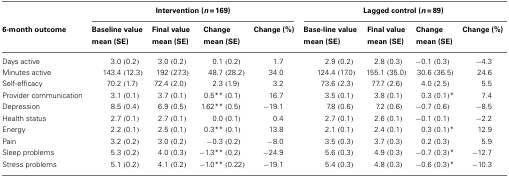
<table><thead><tr><td></td><td colspan="4"><b>Intervention (<i>n</i> = 169)</b></td><td colspan="4"><b>Lagged control (<i>n</i> = 89)</b></td></tr><tr><td><b>6-month outcome</b></td><td><b>Baseline value mean (SE)</b></td><td><b>Final value mean (SE)</b></td><td><b>Change mean (SE)</b></td><td><b>Change (%)</b></td><td><b>Base-line value mean (SE)</b></td><td><b>Final value mean (SE)</b></td><td><b>Change mean (SE)</b></td><td><b>Change (%)</b></td></tr></thead><tbody><tr><td>Days active</td><td>3.0 (0.2)</td><td>3.0 (0.2)</td><td>0.1 (0.2)</td><td>1.7</td><td>2.9 (0.2)</td><td>2.8 (0.3)</td><td>−0.1 (0.3)</td><td>−4.3</td></tr><tr><td>Minutes active</td><td>143.4 (12.3)</td><td>192 (27.3)</td><td>48.7 (28.2)</td><td>34.0</td><td>124.4 (17.0)</td><td>155.1 (35.0)</td><td>30.6 (36.5)</td><td>24.6</td></tr><tr><td>Self-efficacy</td><td>70.2 (1.7)</td><td>72.4 (2.0)</td><td>2.3 (1.9)</td><td>3.2</td><td>73.6 (2.3)</td><td>77.7 (2.6)</td><td>4.0 (2.5)</td><td>5.5</td></tr><tr><td>Provider communication</td><td>3.1 (0.1)</td><td>3.7 (0.1)</td><td>0.5** (0.1)</td><td>16.7</td><td>3.5 (0.1)</td><td>3.8 (0.1)</td><td>0.3 (0.1)*</td><td>7.4</td></tr><tr><td>Depression</td><td>8.5 (0.4)</td><td>6.9 (0.5)</td><td>1.62** (0.5)</td><td>−19.1</td><td>7.8 (0.6)</td><td>7.2 (0.6)</td><td>−0.7 (0.6)</td><td>−8.5</td></tr><tr><td>Health status</td><td>2.7 (0.1)</td><td>2.7 (0.1)</td><td>0.0 (0.1)</td><td>0.4</td><td>2.7 (0.1)</td><td>2.6 (0.1)</td><td>−0.1 (0.1)</td><td>−2.2</td></tr><tr><td>Energy</td><td>2.2 (0.1)</td><td>2.5 (0.1)</td><td>0.3** (0.1)</td><td>13.8</td><td>2.1 (0.1)</td><td>2.4 (0.1)</td><td>0.3 (0.1)*</td><td>12.9</td></tr><tr><td>Pain</td><td>3.2 (0.2)</td><td>3.0 (0.2)</td><td>−0.3 (0.2)</td><td>−8.0</td><td>3.5 (0.3)</td><td>3.7 (0.3)</td><td>0.2 (0.3)</td><td>5.9</td></tr><tr><td>Sleep problems</td><td>5.3 (0.2)</td><td>4.0 (0.3)</td><td>−1.3** (0.2)</td><td>−24.9</td><td>5.6 (0.3)</td><td>4.9 (0.3)</td><td>−0.7 (0.3)*</td><td>−12.7</td></tr><tr><td>Stress problems</td><td>5.1 (0.2)</td><td>4.1 (0.2)</td><td>−1.0** (0.22)</td><td>−19.1</td><td>5.4 (0.3)</td><td>4.8 (0.3)</td><td>−0.6 (0.3)*</td><td>−10.3</td></tr></tbody></table>